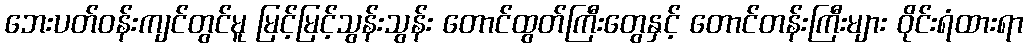
ဘေးပတ်ဝန်းကျင်တွင်မူ မြင့်မြင့်သွန်းသွန်း တောင်ထွတ်ကြီးတွေနှင့် တောင်တန်းကြီးများ ဝိုင်းရံထားရာ